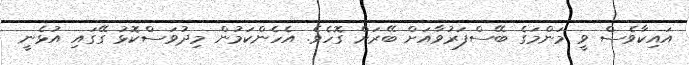
އައިކާވެސް ވީ މަންމަގެ ބޭސްފަރުވާއަށް ބޭރަށް ގޮހެވެ. އެހެންކަމުން މިދުވަސްކޮޅު ގޭގައި އުޅެނީ